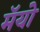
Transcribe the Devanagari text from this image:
मॅयो